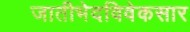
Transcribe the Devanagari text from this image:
जातीभेदविवेकसार